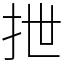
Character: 抴